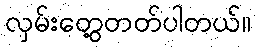
လှမ်းတွေ့တတ်ပါတယ်။